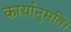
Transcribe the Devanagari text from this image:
कार्यानुमति।